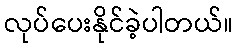
လုပ်ပေးနိုင်ခဲ့ပါတယ်။